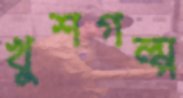
খুশগল্প